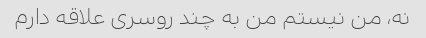
نه، من نیستم من به چند روسری علاقه دارم